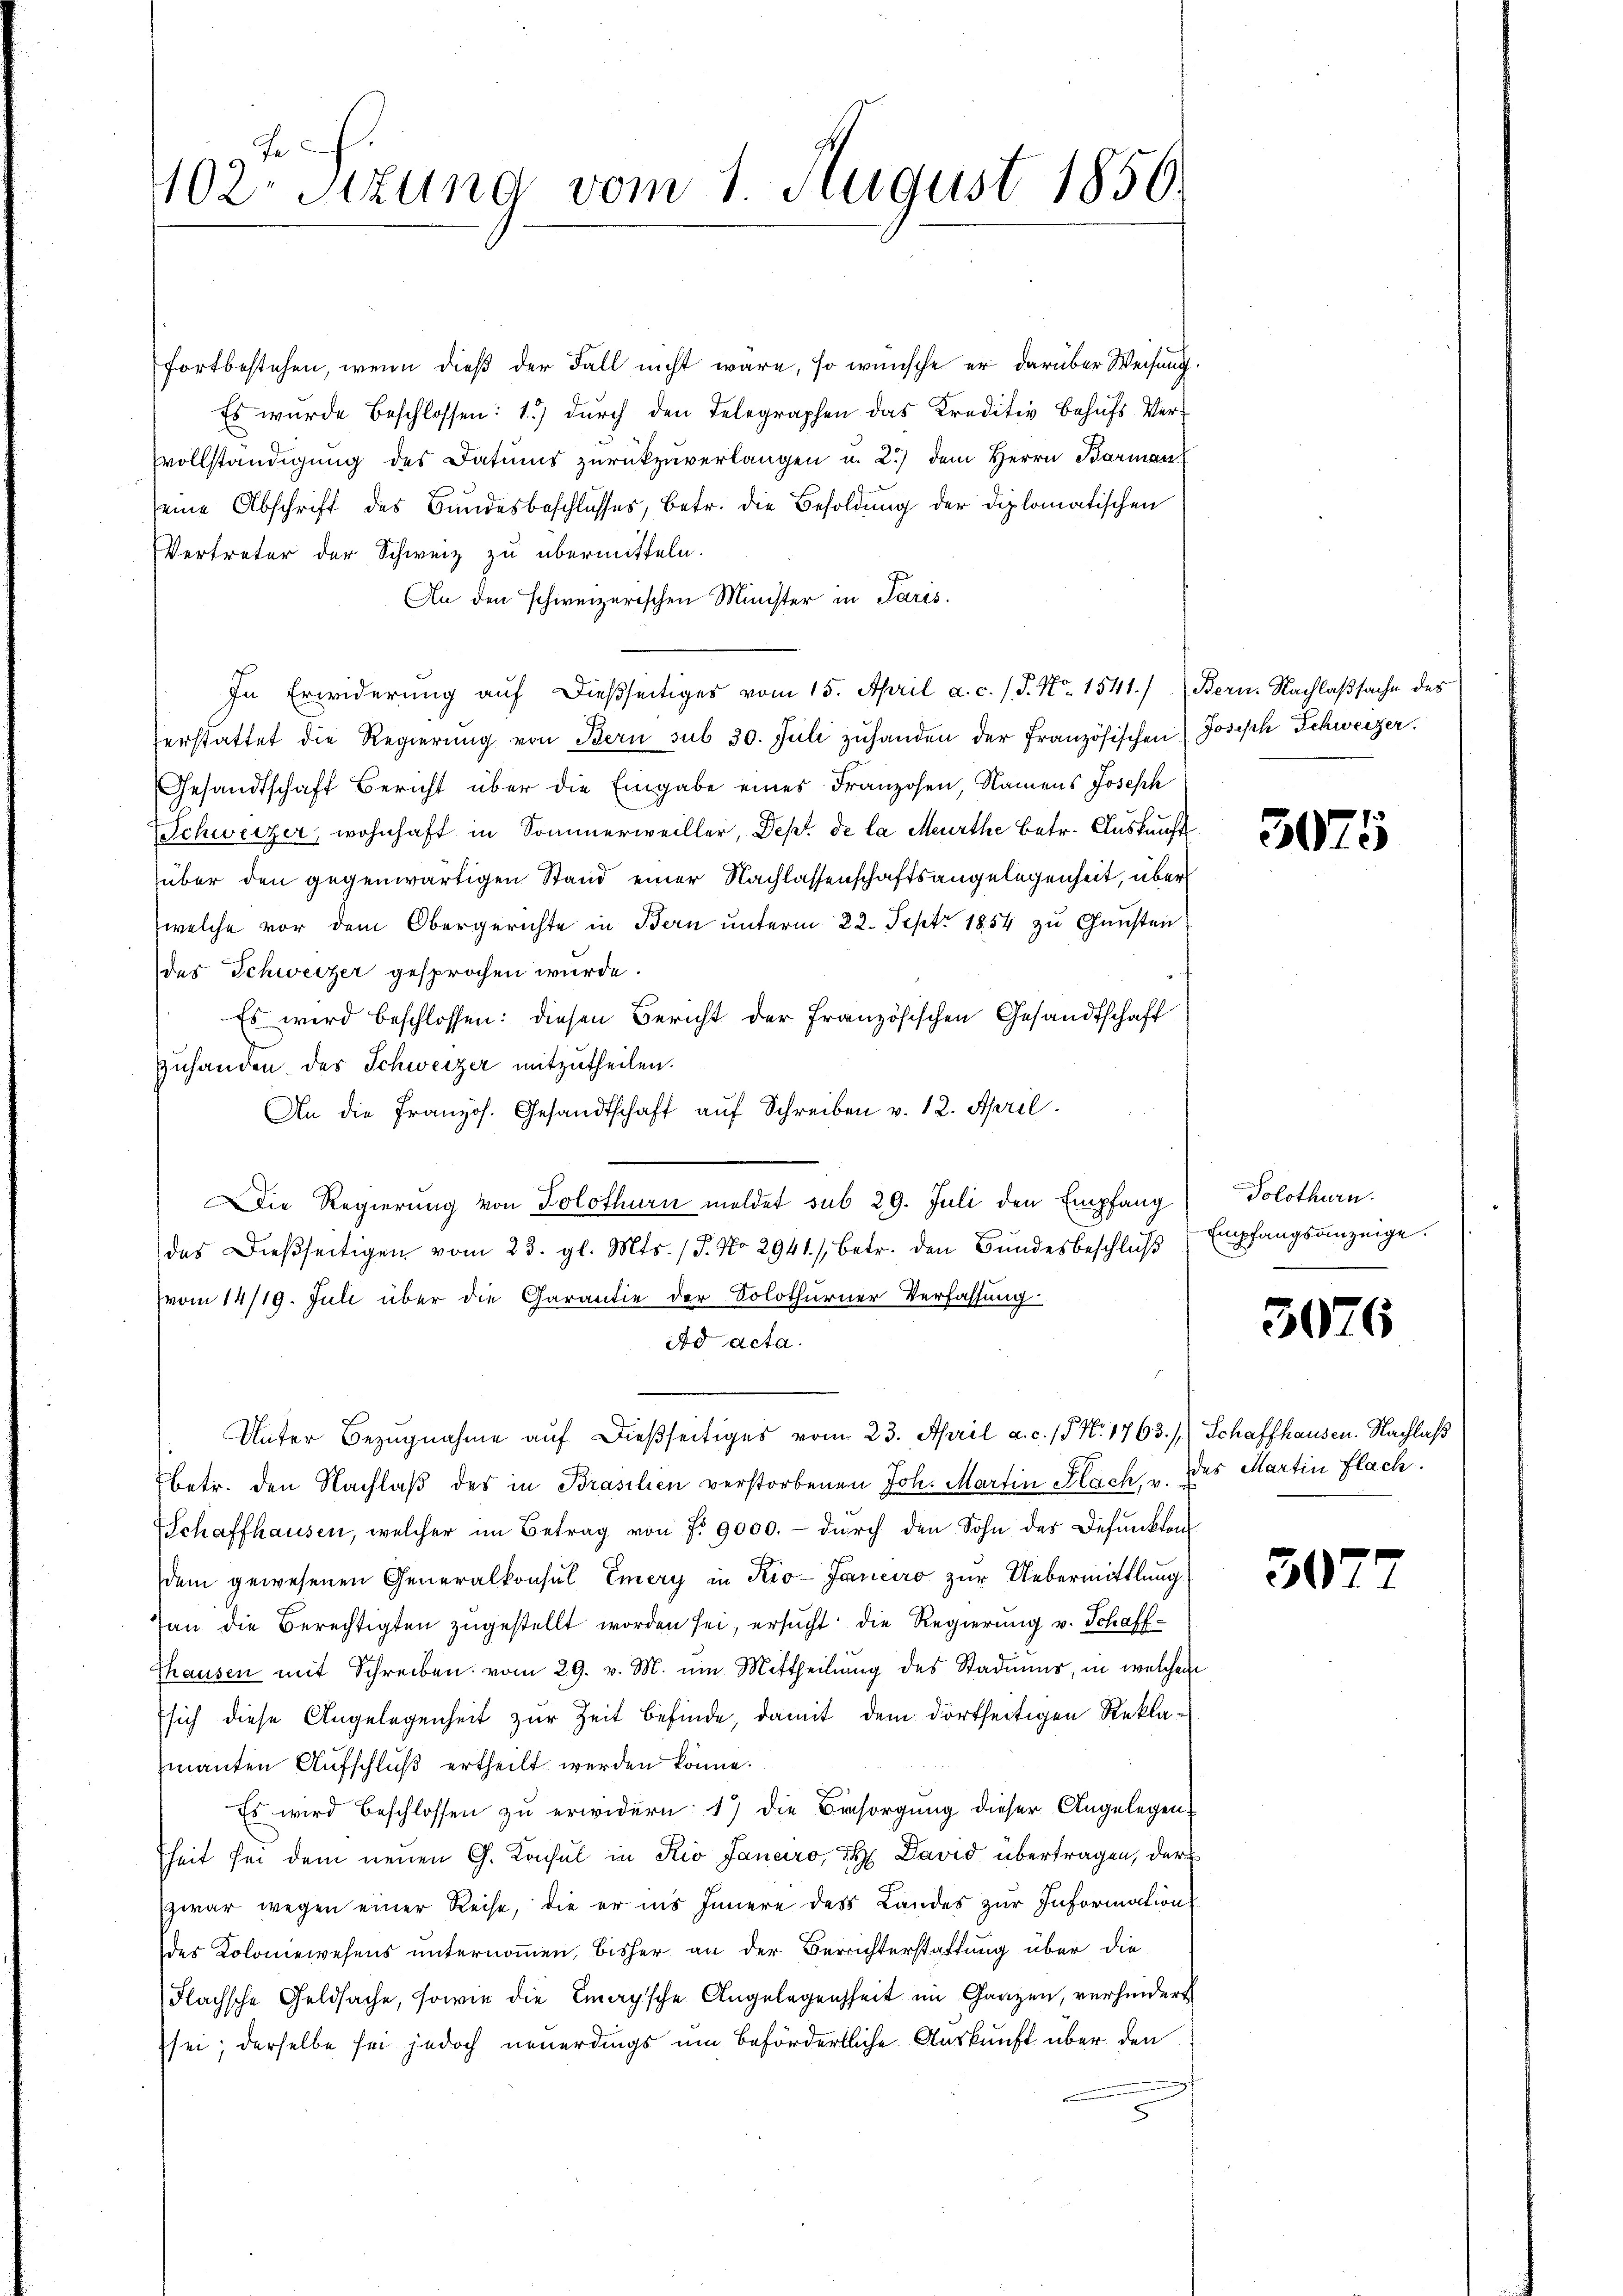
Fe
102. Sitzung vom 1. August 1850.

fortbestehen, wenn dieß der Fall nicht wäre, so wünsche er darüber Weisung.
Es wurde beschlossen: 1.) durch den Telegraphen das Kreditiv behufs Ver¬
Vvollständigung des Datums zurückzŭverlangen u. 2.) dem Herrn Barman
seine Abschrift des Bundesbeschlusses, betr. die Besoldung der Diplomatischen
Vertreter der Schweiz zu übermitteln.
An den schweizerischen Minister in Paris.
In Erwiderung auf dießseitiges vom 15. April a. c. / 5. No. 1541.) Bern. Nachlaßsache des
erstattet die Regierŭng von Bern sub 30. Juli zŭhanden der französischen Joseph Schweizer.
Gesandtschaft Bericht über die Eingabe eines Franzosen, Namens Joseph
Schweizer, wohnhaft in Sommerweiller, Dept de la Meurthe betr. Auskunft
über den gegenwärtigen Stand einer Nachlassenschaftsangelegenheit, über
welche vor dem Obergerichte in Bern unterm 22. Sept. 1854 zu Gunsten
des Schweizer gesprochen wurde.
Es wird beschlossen: diesen Bericht der Französischen Gesandtschaft
zuhanden des Schweizer mitzutheilen.
An die Französ. Gesandtschaft auf Schreiben v. 12. April.
Die Regierung von Solothurn meldet sub 29. Juli den Empfang Solothurn.
das dießseitigen vom 23. gl. Mts. (T. No 2941 / betr. den Bŭndesbeschlŭβ
(vom 14/19. Juli über die Garantie der Solothurner Verfassung
Ad acta.
Unter Bezugnahme auf dießseitiges vom 23. April a. c. 15 No. 1763.) Schaffhausen. Nachlaß
betr. den Nachlaß des in Brasilien verstorbenen Joh. Martin Flach, v.
Schaffhausen, welcher im Betrag von §. 9000.- dŭrch den Sohn des Befunkten
dem gewesenen Generalkonsul Emery in Kio-Janeiro zur Uebermittlung
an die Berechtigten zugestellt worden sei, ersucht die Regierung v. Schaff¬
Thausen mit Schreiben vom 29. v. M. um Mittheilŭng des Stadŭŭnr, in welchem
sich diese Angelegenheit zur Zeit befinde, damit dem dortseitigen Reklamanten Aufschluß ertheilt werden könne.
Es wird beschlossen zu erwidern: 1) die Besorgung dieser Angelegenheit sei dem neuen G. Konsul in Kio Janaro, F David übertragen, der
zwar wegen einer Reise, die er ins Innere des Landes zur Information
des Koloniewesens unternommen, bisher an der Berichterstattung über die
Flachsche Geldsache, sowie die Emaÿsche Angelegenheit im Ganzen, verhindert
sei; derselbe sei jedoch neuerdings um befördertliche Auskunft über den
8

3075

Empfangsanzeige.
G

3076

des Martin Flach.

30